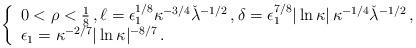
LaTeX: \begin{align*}\left\{\begin{array}{l}0<\rho<\frac1{8}\,,\ell=\epsilon_1^{1/8}\kappa^{-3/4}\check{\lambda}^{-1/2}\,,\delta=\epsilon_1^{7/8}|\ln\kappa|\, \kappa^{-1/4}\check{\lambda}^{-1/2}\,,\\ \epsilon_1=\kappa^{-2/7}|\ln\kappa|^{-8/7}\,.\end{array}\right.\end{align*}